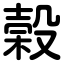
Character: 榖